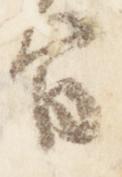
旨